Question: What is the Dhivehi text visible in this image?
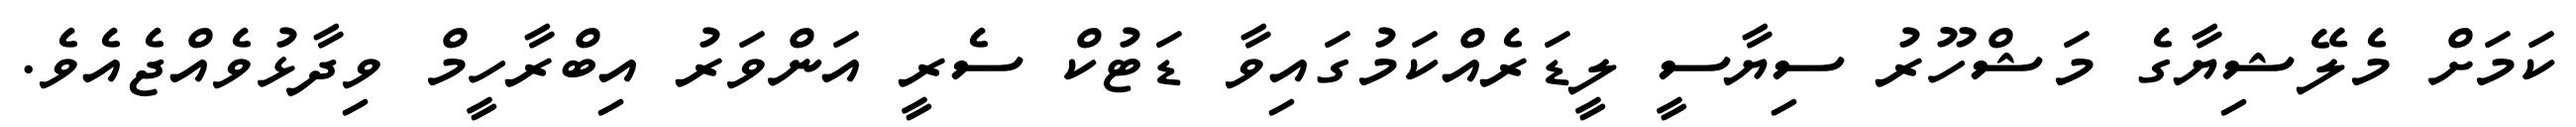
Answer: ކަމަށް މެލޭޝިޔާގެ މަޝްހޫރު ސިޔާސީ ލީޑަރެއްކަމުގައިވާ ޑަޓުކް ސެރީ އަންވަރު އިބްރާހީމް ވިދާޅުވެއްޖެއެވެ.